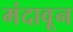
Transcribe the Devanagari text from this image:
मंदावून